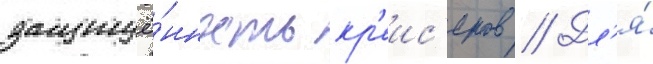
защищё́нность кр'еис'еров // Дл'я́